Senior Leaving Certificate Examination (including Day School Certificate (Higher) General paper), 1949
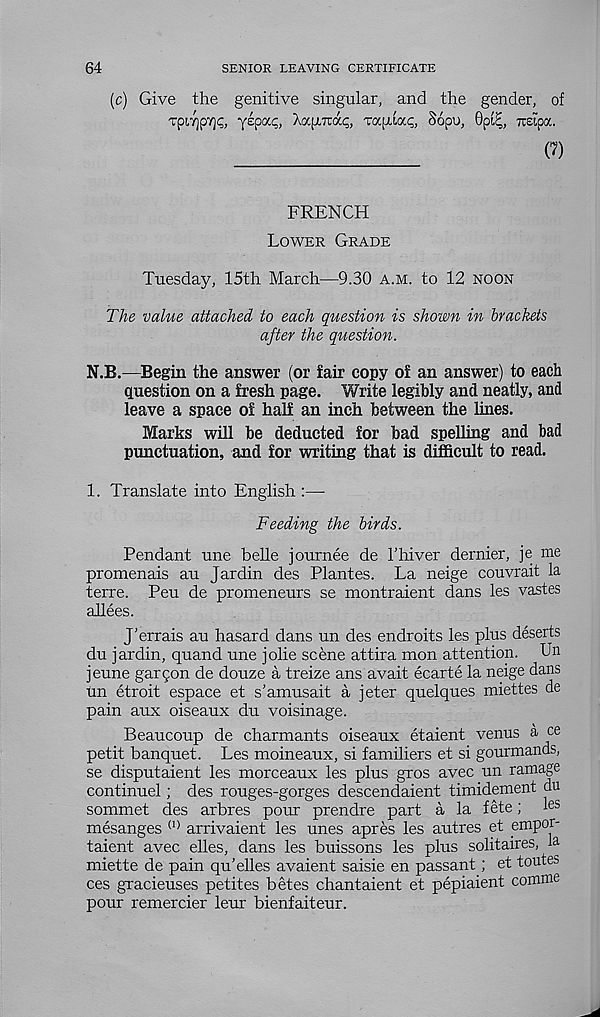
64
SENIOR LEAVING CERTIFICATE
(c) Give the genitive singular, and the gender, of
TpiTjpY)^, yepac;, Xapma^, Tapioca, Sopu, 0pi^, Tieipoc.
(7)
FRENCH
Lower Grade
Tuesday, 15th March—9.30 a.m. to 12 noon
The value attached to each question is shown in brackets
after the question.
N.B.—Begin the answer (or fair copy o£ an answer) to each
question on a fresh page. Write legibly and neatly, and
leave a space of half an inch between the lines.
Marks will be deducted for bad spelling and bad
punctuation, and for writing that is difficult to read.
1. Translate into English :—
Feeding the birds.
Pendant une belle journee de 1’hiver dernier, je me
promenais au Jardin des Plantes. La neige couvrait la
terre. Peu de promeneurs se montraient dans les vastes
allees.
J'errais au hasard dans un des endroits les plus deserts
du jardin, quand une jolie scene attira mon attention. Un
jeune gar5on de douze a treize ans avait ecarte la neige dans
un etroit espace et s’amusait a jeter quelques miettes de
pain aux oiseaux du voisinage.
Beaucoup de charmants oiseaux etaient venus a ce
petit banquet. Les moineaux, si familiers et si gourmands,
se disputaient les morceaux les plus gros avec un ramage
continuel; des rouges-gorges descendaient timidement du
sommet des arbres pour prendre part a la fete; l es
mesanges (1> arrivaient les unes apres les autres et mpor-
taient avec elles, dans les buissons les plus solitaires, la
miette de pain qu’elles avaient saisie en passant; et toutes
ces gracieuses petites betes chantaient et pepiaient comme
pour remercier leur bienfaiteur.